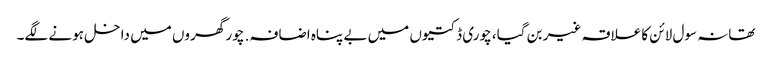
تھانہ سول لائن کا علاقہ غیر بن گیا، چوری ڈکتیوں میں بے پناہ اضافہ. چور گھروں میں داخل ہونے لگے۔